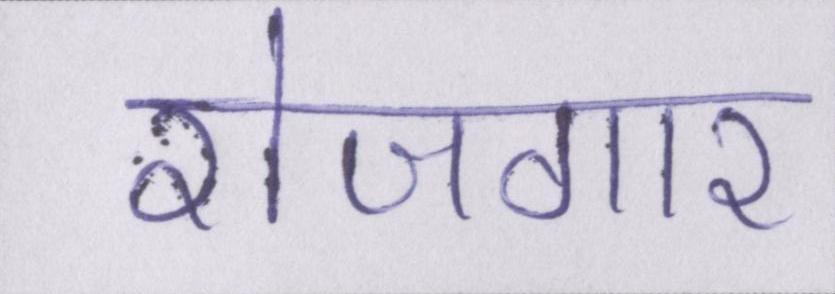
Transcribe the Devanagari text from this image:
रोजगार